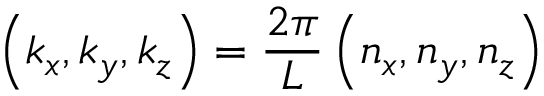
\left( k _ { x } , k _ { y } , k _ { z } \right) = { \frac { 2 \pi } { L } } \left( n _ { x } , n _ { y } , n _ { z } \right)